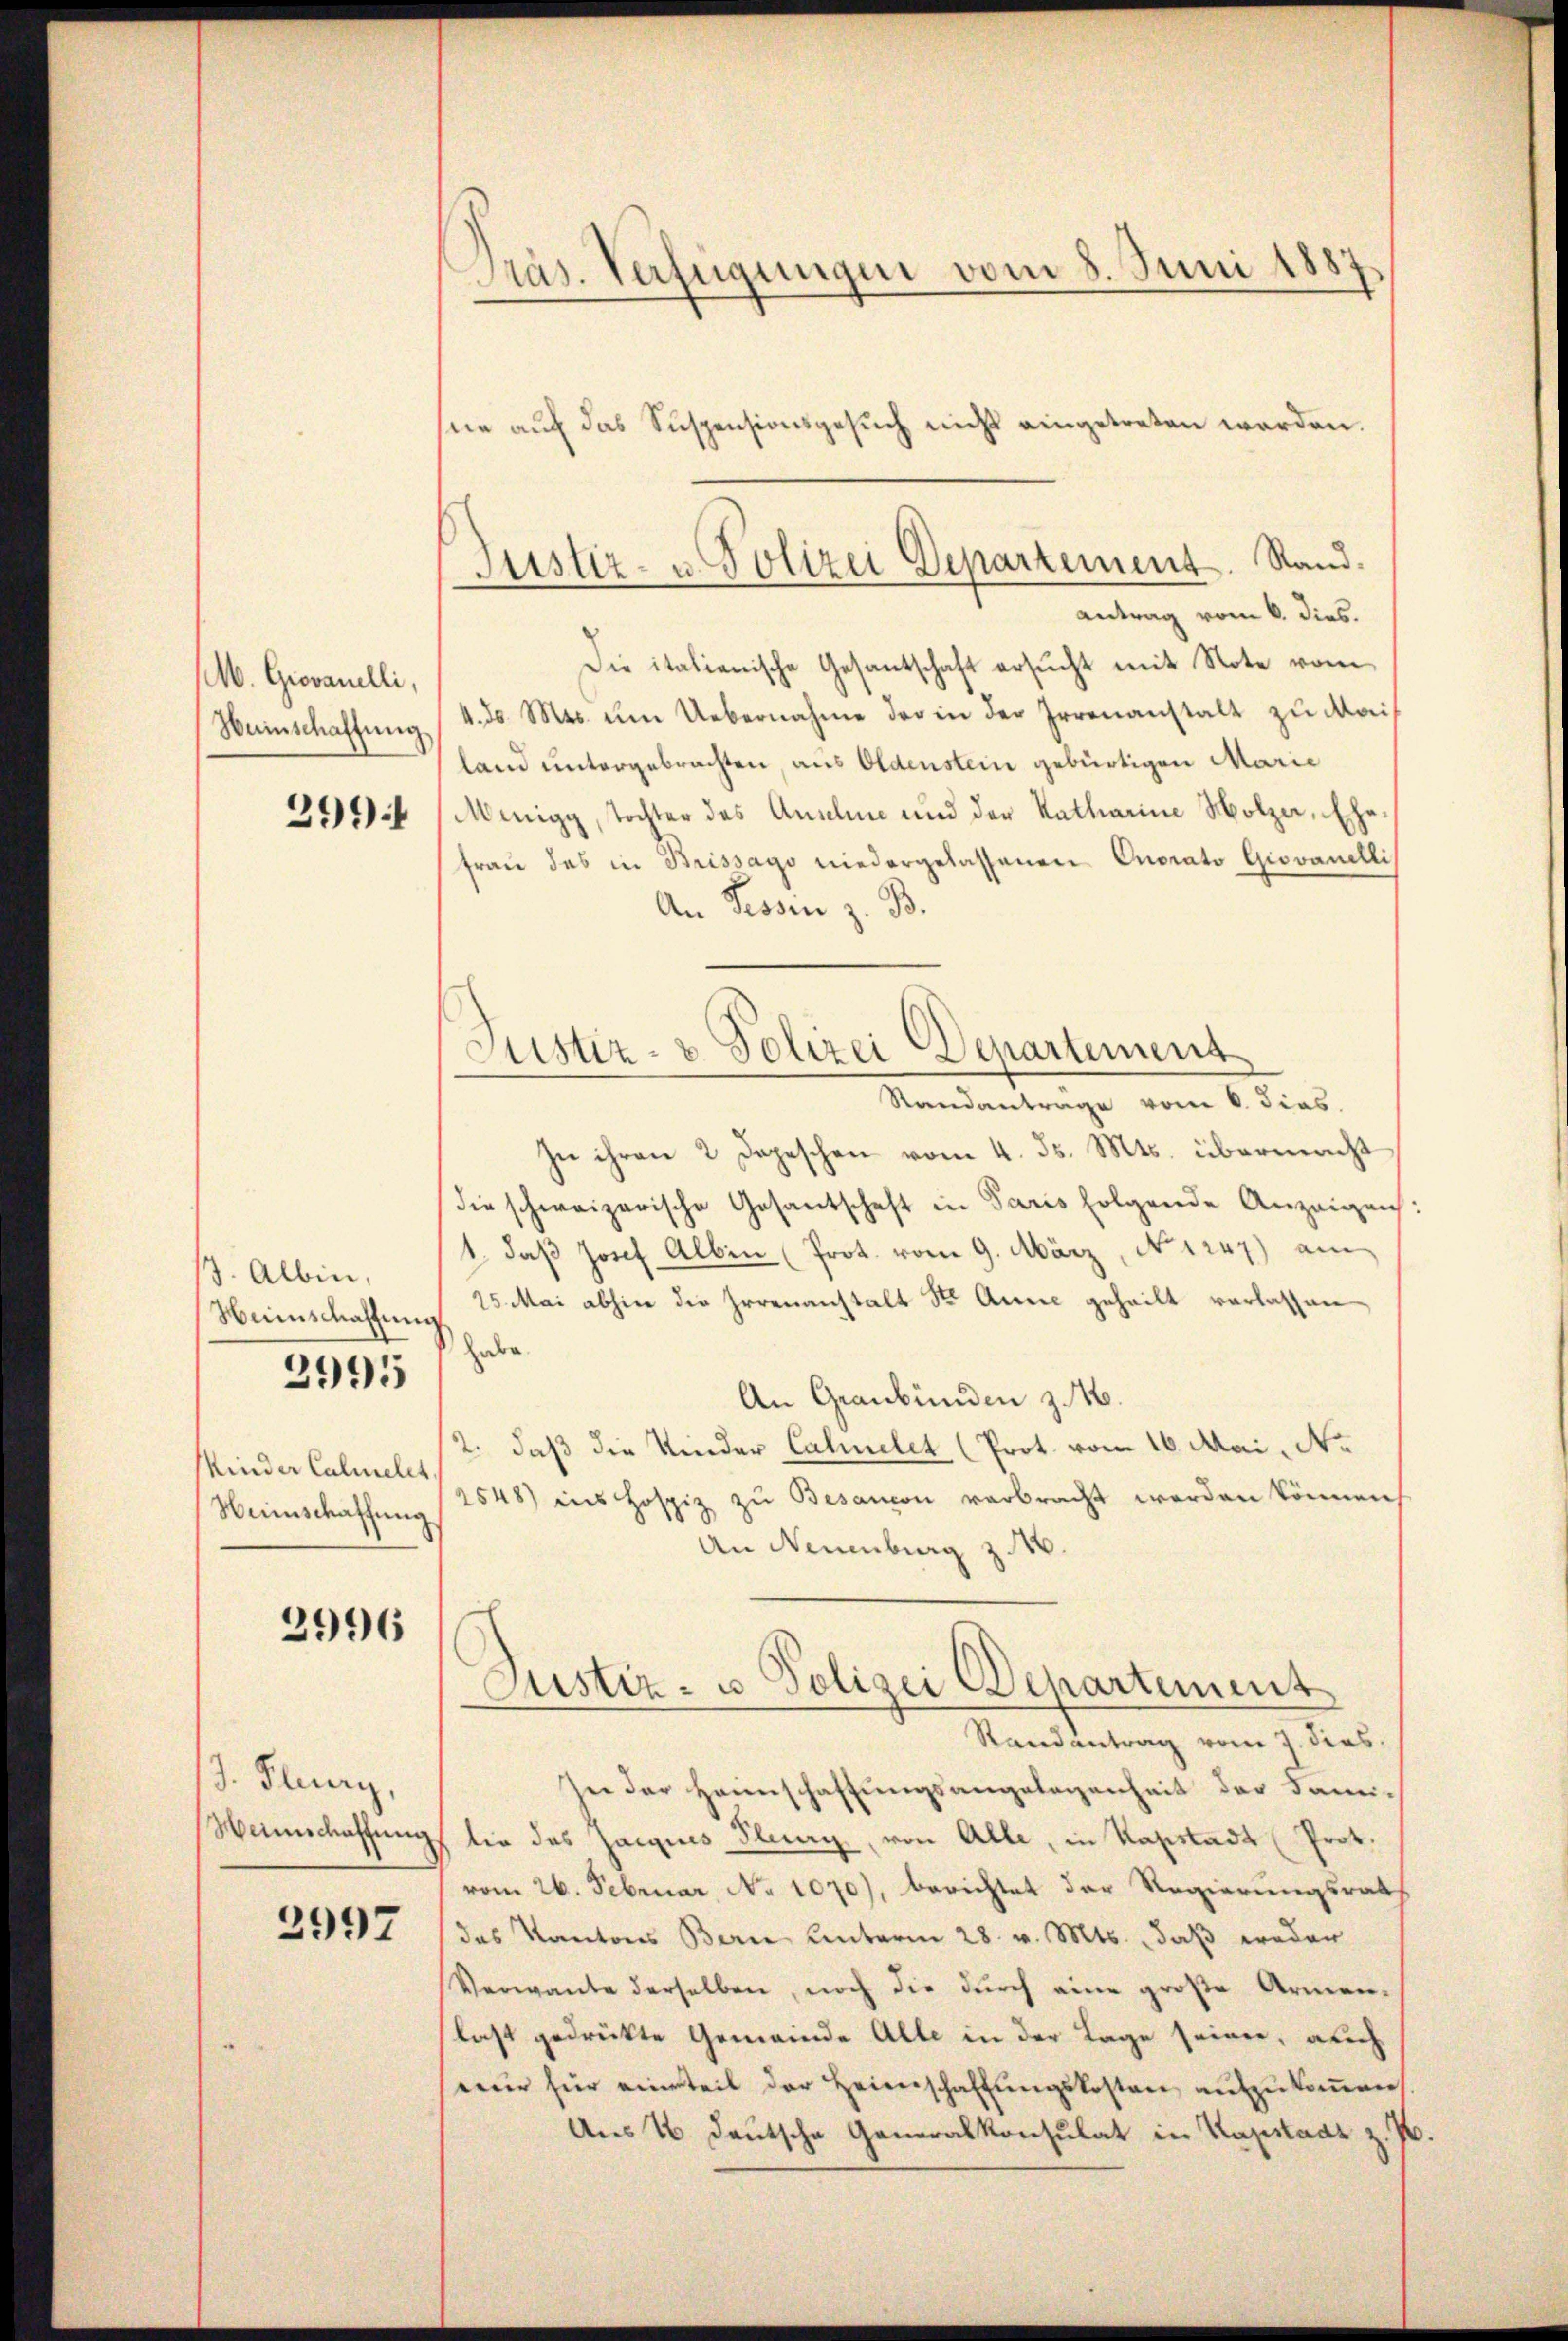
M. Giovanelli,
Weinschaffung
399

13. Albin,
Weinschaffung
Kinder Calmelet
Weinschaffung

2995

2996

J. Fluny,
Heimschaffung

2997

Präs. Verfügungen vom 8. Juni 1887
me auf das Suspensionsgesŭch nicht eingetreten werden.

Justiz- u. Polizei Departement. Stand.
Antrag vom 6. dies.

Die italienische Gesantschaft ersucht mit Note vom
4. d. Mts. um Uebernahme der in der Irrenanstalt zu Mailand untergebrachten, aus Oldenstein gebürtigen Marie
Menigg, Tochter das Ansehen und der Katharine Holzer, Eh
frau des in Brissago niedergelassenen Onorato Giovanelli
An Fessen z. B.
Randantrage vom 6. dies
In ihren 2 Depeschen vom 4. ds. Mts. übermacht
die schweizerische Gesantschaft in Paris folgende Anzeigen:
1., daβ Josef Albin (Prot. vom 9. März, No 1247) am
25. Mai abhier die Irrenanstalt St. Annie geheilt verlassen
habe
An Graubünden z. 16.
2. daß die Kinder Cahuelet (Prot. vom 16. Mai, Nr.
2548) ins Hospiz zu Besanon verbracht werden können,
An Neuenburg z. 16.
Justiz- u. Polizei Departement
Randantrag vom 7. dies
In der Heimschaftungsangelegenheit der Famitin des Jacquis Flury, von Alle, in Kapstadt (Prof.
vom 26. Februar, No 1070), berichtet der Regierungsrat
das Kantons Bern Unterm 28. v. Mts. daβ weder
Verwandte derselben, noch die durch eine große Armen-
last gedrückte Gemeinde Alle in der Tage seiner, auch
mir für eine teil der Heimschaffŭngskosten aufzukommen
Aus 4 deutsche Generalkonsulat in Kapstadt z. P

Justiz- & Polizei Departement

.